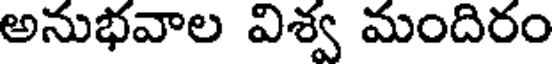
అనుభవాల విశ్వ మందిరం